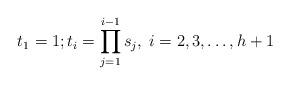
LaTeX: \begin{align*}t_1=1;t_i=\prod_{j=1}^{i-1}s_j ,\; i=2,3,\dots,h+1\end{align*}